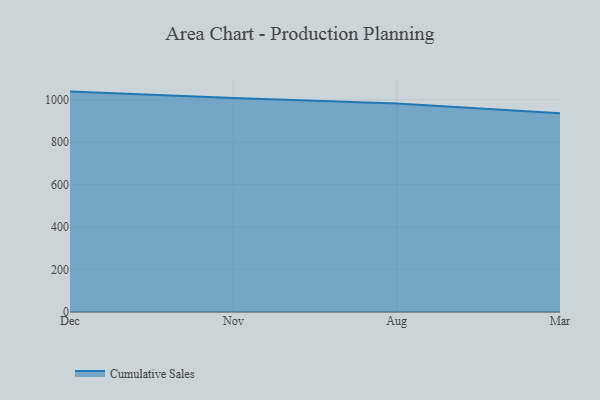
{"axis": {"x": "Month", "y": "Page Views"}, "legend": ["Cumulative Sales"], "data": [{"x": "Dec", "y": 1038.4, "type": "Cumulative Sales"}, {"x": "Nov", "y": 1008.0, "type": "Cumulative Sales"}, {"x": "Aug", "y": 982.0, "type": "Cumulative Sales"}, {"x": "Mar", "y": 936.6, "type": "Cumulative Sales"}]}